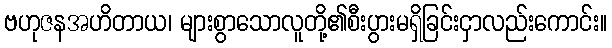
ဗဟုဇနအဟိတာယ၊ များစွာသောလူတို့၏စီးပွားမရှိခြင်းငှာလည်းကောင်း။